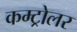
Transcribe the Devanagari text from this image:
कम्ट्रोलर